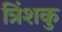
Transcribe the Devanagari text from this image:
त्रिंशकु